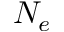
N _ { e }